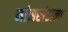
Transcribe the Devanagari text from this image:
मांसखंडाला